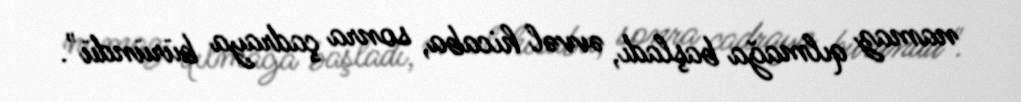
namaz qılmağa başladı, əvvəl hicaba, sonra çadraya büründü".